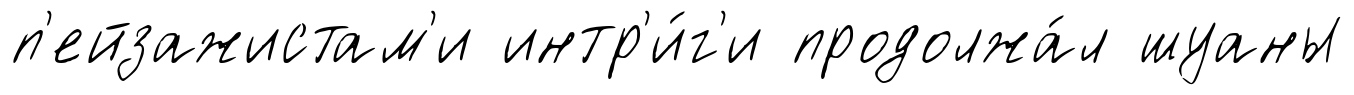
п'ейзажистам'и интр'и́г'и продолжа́л шуаны